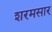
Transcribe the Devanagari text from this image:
शरमसार